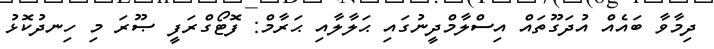
ދިމާވާ ބައެއް އުދަގޫތައް އިސްލާމްދީނުގައި ޙަލާލާއި ޙަރާމް: ފޮޓޯގްރަފީ ޞޫރަ މި ހިނދުކޮޅު